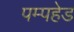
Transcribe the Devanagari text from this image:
पम्पहेड